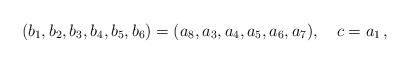
\begin{align*}(b_1,b_2, b_3, b_4, b_5, b_6) = ( a_8, a_3, a_4, a_5, a_6, a_7) , \quad c = a_1 \,,\end{align*}